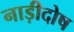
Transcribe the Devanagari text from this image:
नाड़ीदोष